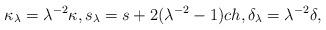
LaTeX: \begin{align*} \kappa_{\lambda} = \lambda^{-2} \kappa, s_{\lambda} = s + 2 (\lambda^{-2} -1) c h, \delta_{\lambda} = \lambda^{-2} \delta,\end{align*}